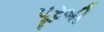
પૂરબી